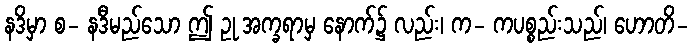
နဒိမှာ စ- နဒီမည်သော ဤ ဥု အက္ခရာမှ နောက်၌ လည်း၊ က- ကပစ္စည်းသည်၊ ဟောတိ-